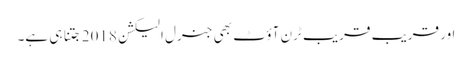
اور قریب قریب ٹرن آؤٹ بھی جنرل الیکشن 2018 جتنا ہی ہے۔